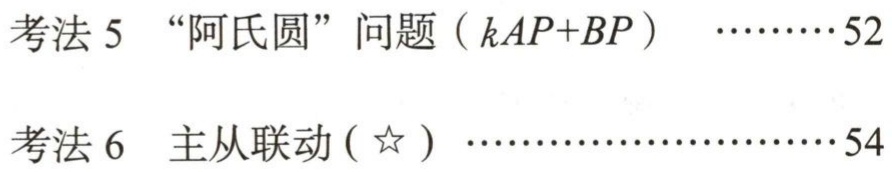
考法 5 “阿氏圆” 问题（\(kAP + BP\)）\(\cdots\cdots52\)

考法 6 主从联动（☆）\(\cdots\cdots54\)